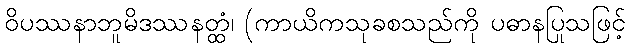
ဝိပဿနာဘူမိဒဿနတ္ထံ၊ (ကာယိကသုခစသည်ကို ပဓာနပြုသဖြင့်